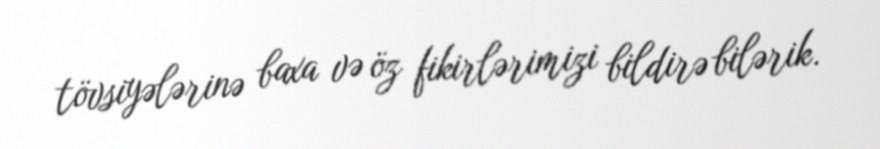
tövsiyələrinə baxa və öz fikirlərimizi bildirə bilərik.